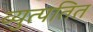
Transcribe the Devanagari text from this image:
व्युत्पतित